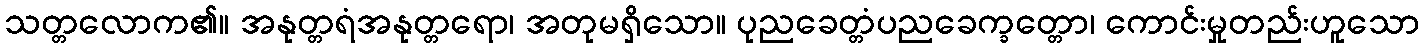
သတ္တလောက၏။ အနုတ္တရံအနုတ္တရော၊ အတုမရှိသော။ ပုညခေတ္တံပညခေက္ခတ္တော၊ ကောင်းမှုတည်းဟူသော